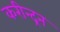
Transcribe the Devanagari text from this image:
करीन्द्रन